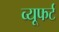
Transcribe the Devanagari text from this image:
व्यूफर्ट